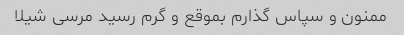
ممنون و سپاس گذارم بموقع و گرم رسید مرسی شیلا